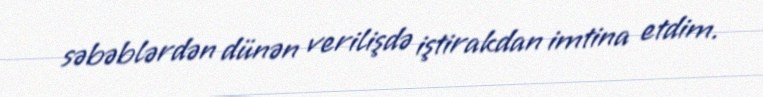
səbəblərdən dünən verilişdə iştirakdan imtina etdim.